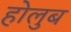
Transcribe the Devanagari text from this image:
होलुब